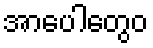
အာပေါတွေဝ